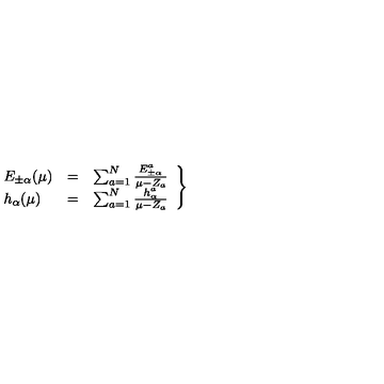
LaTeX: \left. \begin{array} { l c l } { E _ { \pm \alpha } ( \mu ) } & { = } & { \sum _ { a = 1 } ^ { N } \frac { E _ { \pm \alpha } ^ { a } } { \mu - Z _ { a } } } \\ { h _ { \alpha } ( \mu ) } & { = } & { \sum _ { a = 1 } ^ { N } \frac { h _ { \alpha } ^ { a } } { \mu - Z _ { a } } } \\ \end{array} \right\}